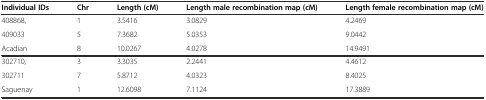
<table><thead><tr><td><b>Individual IDs</b></td><td><b>Chr</b></td><td><b>Length (cM)</b></td><td><b>Length male recombination map (cM)</b></td><td><b>Length female recombination map (cM)</b></td></tr></thead><tbody><tr><td>408868,</td><td>1</td><td>3.5416</td><td>3.0829</td><td>4.2469</td></tr><tr><td>409033</td><td>5</td><td>7.3682</td><td>5.0353</td><td>9.0442</td></tr><tr><td>Acadian</td><td>8</td><td>10.0267</td><td>4.0278</td><td>14.9491</td></tr><tr><td>302710,</td><td>3</td><td>3.3035</td><td>2.2441</td><td>4.4612</td></tr><tr><td>302711</td><td>7</td><td>5.8712</td><td>4.0323</td><td>8.4025</td></tr><tr><td>Saguenay</td><td>1</td><td>12.6098</td><td>7.1124</td><td>17.3889</td></tr></tbody></table>